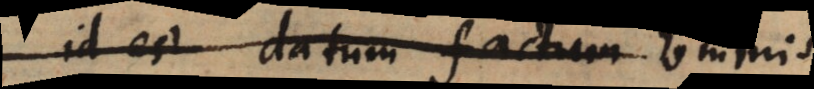
id est datum factum hominis